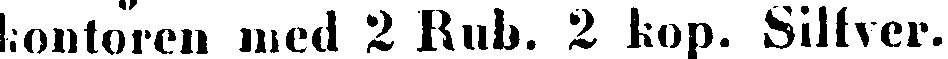
kontoren med 2 Rub. 2 kop. Silfver.